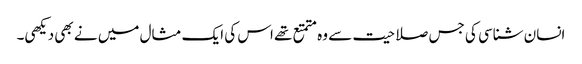
انسان شناسی کی جس صلاحیت سے وہ متمتع تھے اس کی ایک مثال میں نے بھی دیکھی۔